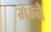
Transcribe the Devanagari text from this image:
मेग्ने